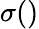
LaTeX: \sigma()